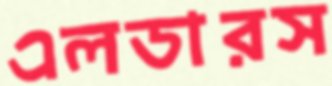
এলডারস